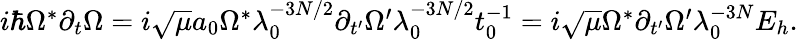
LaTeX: \begin{array}{r}{i\hbar\Omega^{*}\partial_{t}\Omega=i\sqrt{\mu}a_{0}\Omega^{*}\lambda_{0}^{-3N/2}\partial_{t^{\prime}}\Omega^{\prime}\lambda_{0}^{-3N/2}t_{0}^{-1}=i\sqrt{\mu}\Omega^{*}\partial_{t^{\prime}}\Omega^{\prime}\lambda_{0}^{-3N}E_{h}.}\end{array}